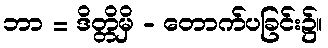
ဘာ = ဒိတ္တိမှိ - တောက်ပခြင်း၌။